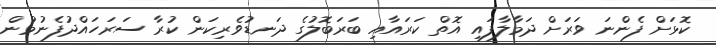
ކޮޅަށް ފެންނަ ވަރަށް ދަމާލާފައި އޮތް ކަރައާއި ބަރަބޮލުގެ ދަނޑުވެރިކަން ކުރާ ސަރަހައްދުފެނުމުން